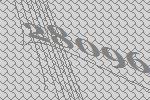
28096